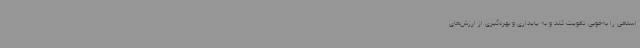
اسلامی را به‌خوبی تقویت کند و به پایداری و بهره‌گیری از ارزش‌های